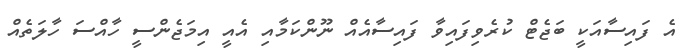
އެ ފައިސާއަކީ ބަޖެޓް ކުރެވިފައިވާ ފައިސާއެއް ނޫންކަމާއި އެއީ އިމަޖެންސީ ހާއްސަ ހާލަތެއް